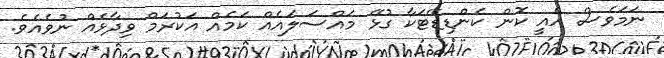
ނަމަވެސް އެއީ ކޮން ކެންޑިޑޭޓަކާ ގުޅޭ މައްސަލައެއް ކަމެއް އަކުރަމް ވިދާޅެއް ނުވެއެވެ.